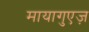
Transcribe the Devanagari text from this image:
मायागुएज़